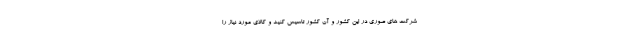
شرکت های صوری در این کشور و آن کشور تاسیس کنید و کالای مورد نیاز را